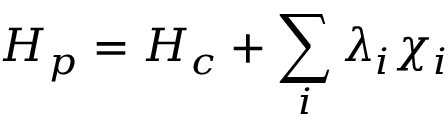
H _ { p } = H _ { c } + \sum _ { i } \lambda _ { i } \chi _ { i }